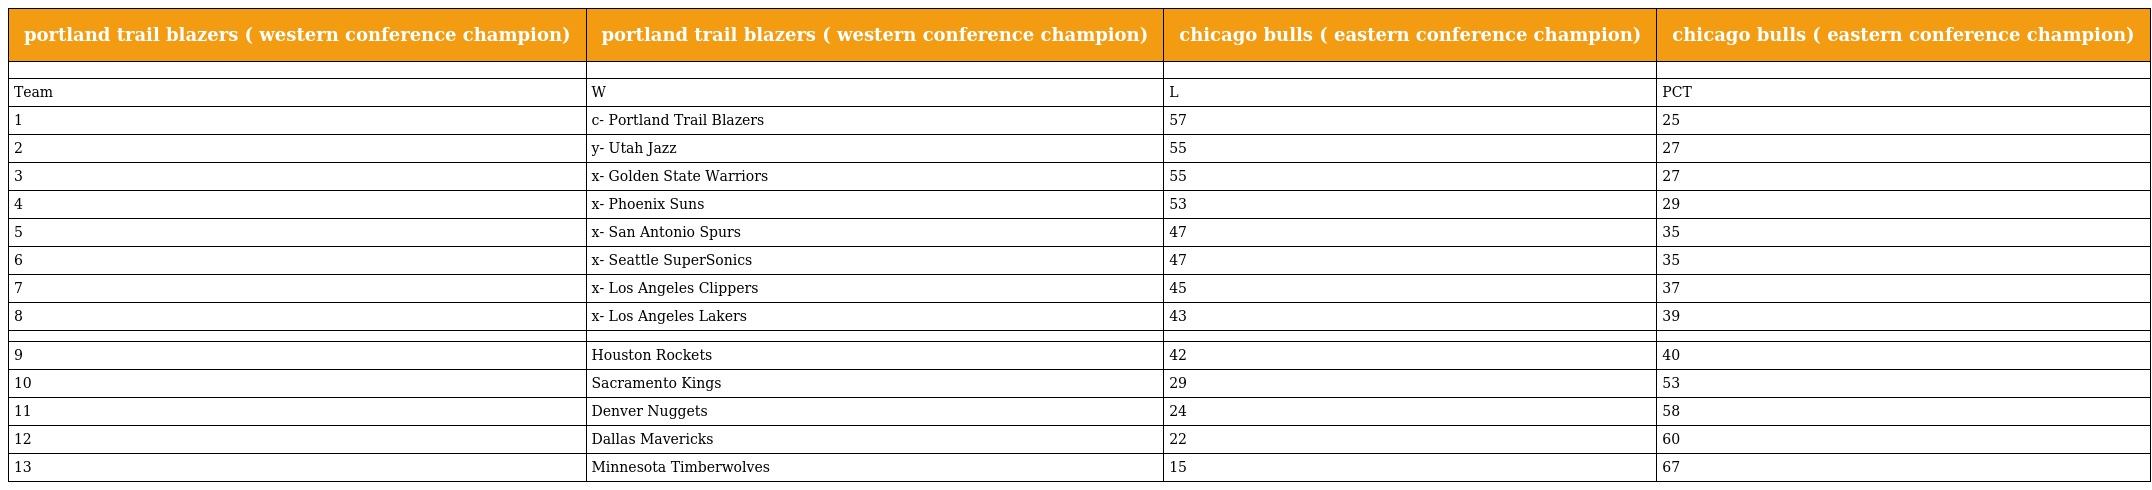
| portland trail blazers ( western conference champion) | portland trail blazers ( western conference champion) | chicago bulls ( eastern conference champion) | chicago bulls ( eastern conference champion) |
 | --- | --- | --- | --- |
 |  |  |  |  |
 | Team | W | L | PCT |
 | 1 | c- Portland Trail Blazers | 57 | 25 |
 | 2 | y- Utah Jazz | 55 | 27 |
 | 3 | x- Golden State Warriors | 55 | 27 |
 | 4 | x- Phoenix Suns | 53 | 29 |
 | 5 | x- San Antonio Spurs | 47 | 35 |
 | 6 | x- Seattle SuperSonics | 47 | 35 |
 | 7 | x- Los Angeles Clippers | 45 | 37 |
 | 8 | x- Los Angeles Lakers | 43 | 39 |
 |  |  |  |  |
 | 9 | Houston Rockets | 42 | 40 |
 | 10 | Sacramento Kings | 29 | 53 |
 | 11 | Denver Nuggets | 24 | 58 |
 | 12 | Dallas Mavericks | 22 | 60 |
 | 13 | Minnesota Timberwolves | 15 | 67 |